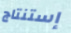
إستنتاج